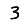
Digit: 3